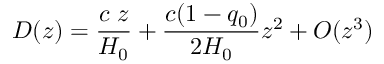
D ( z ) = \frac { c \; z } { H _ { 0 } } + \frac { c ( 1 - q _ { 0 } ) } { 2 H _ { 0 } } z ^ { 2 } + O ( z ^ { 3 } )